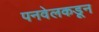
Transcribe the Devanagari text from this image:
पनवेलकडून